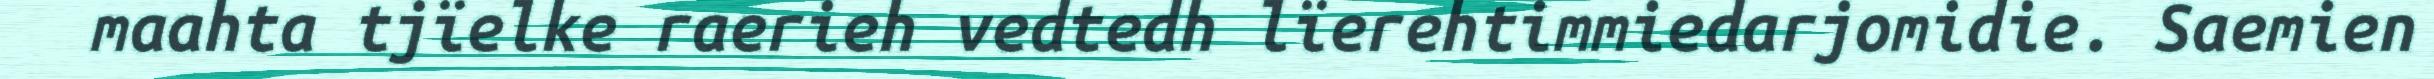
maahta tjïelke raerieh vedtedh lïerehtimmiedarjomidie. Saemien